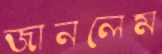
জানলেম